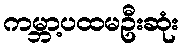
ကမ္ဘာ့ပထမဦးဆုံး